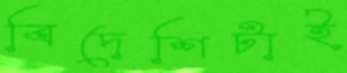
বিদেশিটাই